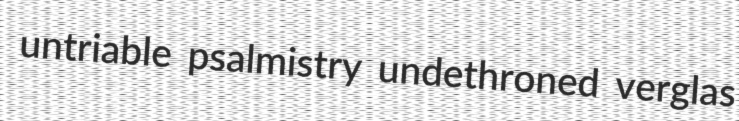
untriable psalmistry undethroned verglas